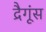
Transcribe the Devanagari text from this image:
द्रैगूंस